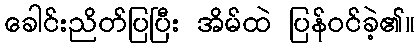
ခေါင်းညိတ်ပြပြီး အိမ်ထဲ ပြန်ဝင်ခဲ့၏။